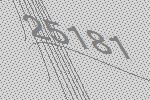
25181